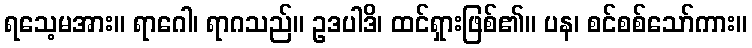
ရသေ့မအား။ ရာဂေါ၊ ရာဂသည်။ ဥဒပါဒိ၊ ထင်ရှားဖြစ်၏။ ပန၊ စင်စစ်သော်ကား။